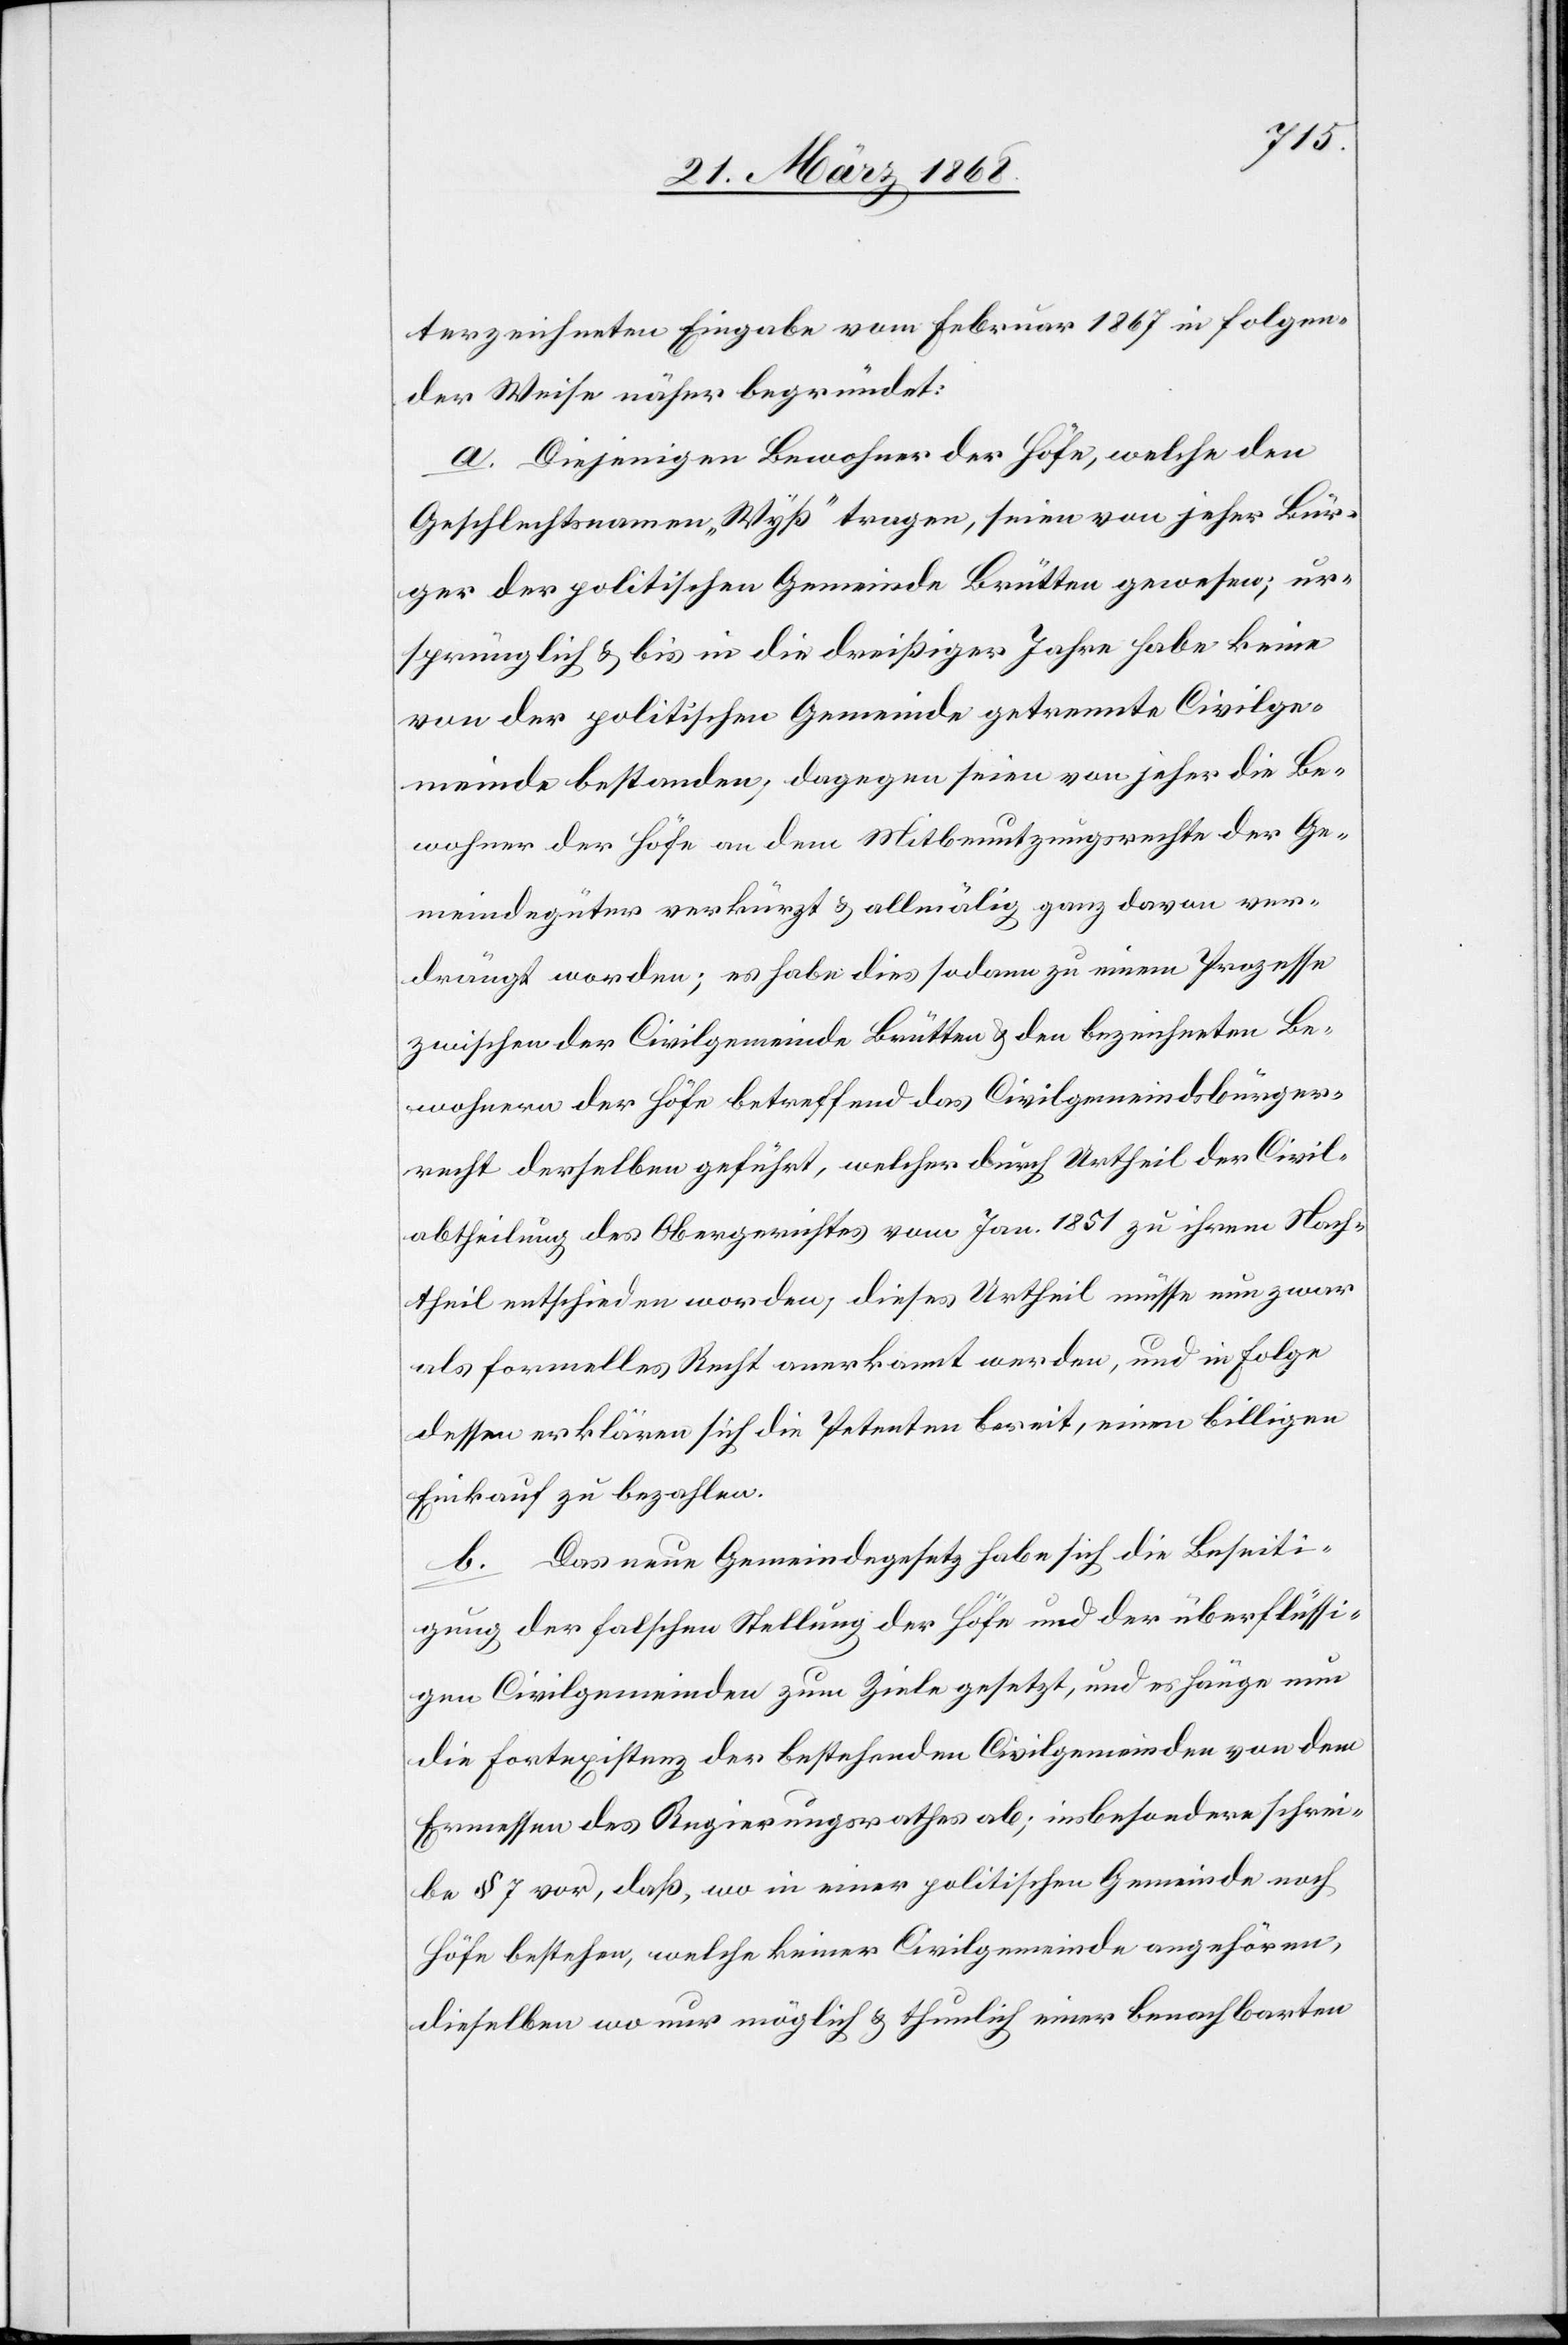
terzeichneten Eingabe vom Februar 1867 in folgen¬
der Weise näher begründet:
a. Diejenigen Bewohner der Höfe, welche den
Geschlechtsnamen „Wyß“ tragen, seien von jeher Bür¬
ger der politischen Gemeinde Brütten gewesen; ur¬
sprünglich & bis in die dreißiger Jahre habe keine
von der politischen Gemeinde getrennte Civilge¬
meinde bestanden; dagegen seien von jeher die Be¬
wohner der Höfe an dem Mitbenutzungsrechte der Ge¬
meindegüter verkürzt & allmälig ganz davon ver¬
drängt worden; es habe dies sodann zu einem Prozesse
zwischen der Civilgemeinde Brütten & den bezeichneten Be¬
wohnern der Höfe betreffend das Civilgemeindsbürger¬
recht derselben geführt, welcher durch Urtheil der Civil¬
abtheilung des Obergerichtes vom Jan. 1851 zu ihrem Nach¬
theil entschieden worden; dieses Urtheil müsse nun zwar
als formelles Recht anerkannt werden, und in Folge
dessen erklären sich die Petenten bereit, einen billigen
Einkauf zu bezahlen.
b. Das neue Gemeindegesetz habe sich die Beseiti¬
gung der falschen Stellung der Höfe und der überflüssi¬
gen Civilgemeinden zum Ziele gesetzt, und es hänge nun
die Fortexistenz der bestehenden Civilgemeinden von dem
Ermessen des Regierungsrathes ab; insbesondere schrei¬
be § 7 vor, daß, wo in einer politischen Gemeinde noch
Höfe bestehen, welche keiner Civilgemeinde angehören,
dieselben wo nur möglich & thunlich einer benachbarten